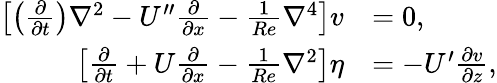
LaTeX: \begin{array}{rl}{\left[\left(\frac{\partial}{\partial t}\right)\nabla^{2}-U^{\prime\prime}\frac{\partial}{\partial x}-\frac{1}{Re}\nabla^{4}\right]v}&{=0,}\\ {\left[\frac{\partial}{\partial t}+U\frac{\partial}{\partial x}-\frac{1}{Re}\nabla^{2}\right]\eta}&{=-U^{\prime}\frac{\partial v}{\partial z},}\end{array}